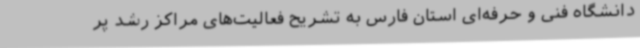
دانشگاه فنی و حرفه‌ای استان فارس به تشریح فعالیت‌های مراکز رشد پر